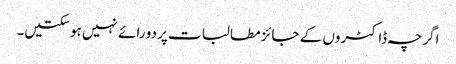
اگرچہ ڈاکٹروں کے جائز مطالبات پر دو رائے نہیں ہو سکتیں۔